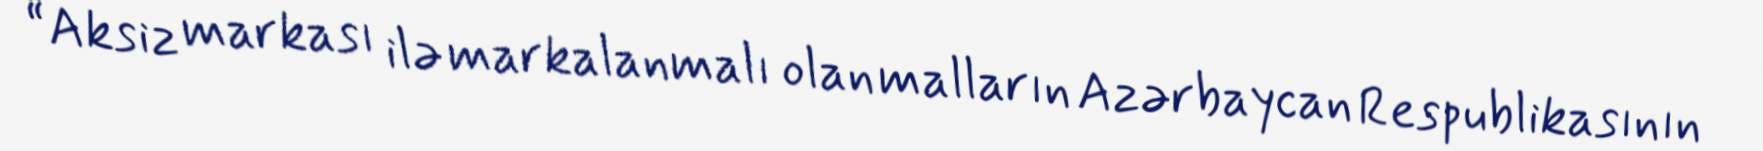
“Aksiz markası ilə markalanmalı olan malların Azərbaycan Respublikasının